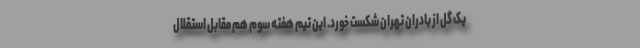
یک گل از بادران تهران شکست خورد. این تیم هفته سوم هم مقابل استقلال